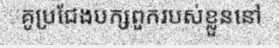
គូប្រជែងបក្សពួករបស់ខ្លួននៅ